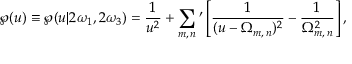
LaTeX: \wp ( u ) \equiv \wp ( u | 2 \omega _ { 1 } , 2 \omega _ { 3 } ) = { \frac { 1 } { u ^ { 2 } } } + \sum _ { m , \, n } { } ^ { \prime } \left[ { \frac { 1 } { ( u - \Omega _ { m , \, n } ) ^ { 2 } } } - { \frac { 1 } { \Omega _ { m , \, n } ^ { 2 } } } \right] ,